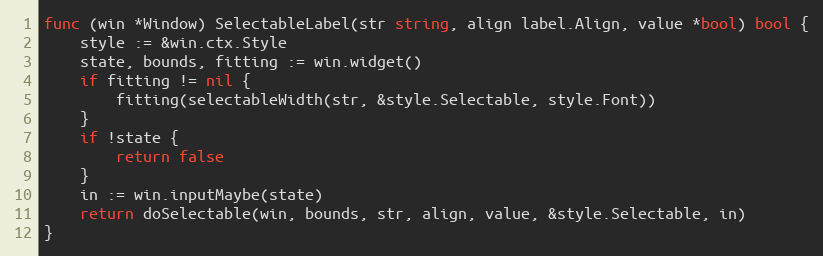
Language: Go
func (win *Window) SelectableLabel(str string, align label.Align, value *bool) bool {
	style := &win.ctx.Style
	state, bounds, fitting := win.widget()
	if fitting != nil {
		fitting(selectableWidth(str, &style.Selectable, style.Font))
	}
	if !state {
		return false
	}
	in := win.inputMaybe(state)
	return doSelectable(win, bounds, str, align, value, &style.Selectable, in)
}